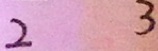
2 3